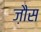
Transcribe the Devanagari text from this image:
ज़ौस